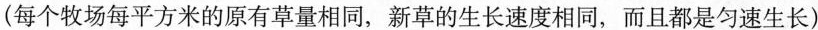
(每个牧场每平方米的原有草量相同，新草的生长速度相同，而且都是匀速生长)